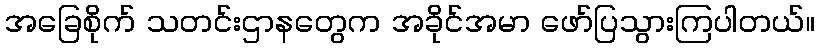
အခြေစိုက် သတင်းဌာနတွေက အခိုင်အမာ ဖော်ပြသွားကြပါတယ်။